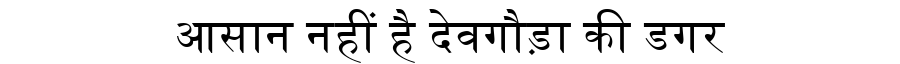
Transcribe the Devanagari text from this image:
आसान नहीं है देवगौड़ा की डगर